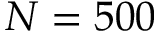
N = 5 0 0